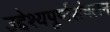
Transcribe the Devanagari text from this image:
उद्देश्यपूर्णसंचलन